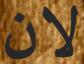
لان